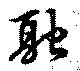
融